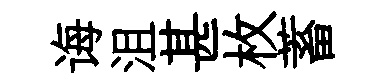
诲沮甚枚蓄